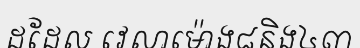
ដដែល វេលាម៉ោង៨និង៤៣